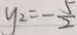
y _ { 2 } = - \frac { 5 } { 2 }